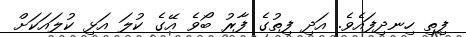
ފިތި ހިނދިފައެވެ. އަދި ފިތުގެ ފާރު ބޯވެ އޭގެ ކުލަ އަޅި ކުލައަކަށް